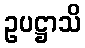
ဥပဋ္ဌာသိ